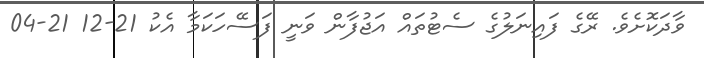
ވާދަކޮށެވެ. ރޭގެ ފައިނަލުގެ ސެޓުތައް އަޖުފާން ވަނީ ފަސޭހަކަމާ އެކު 21-12 21-04